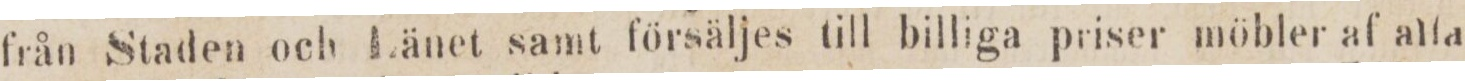
från Staden och Länet samt försäljes till billiga priser möbler af alla